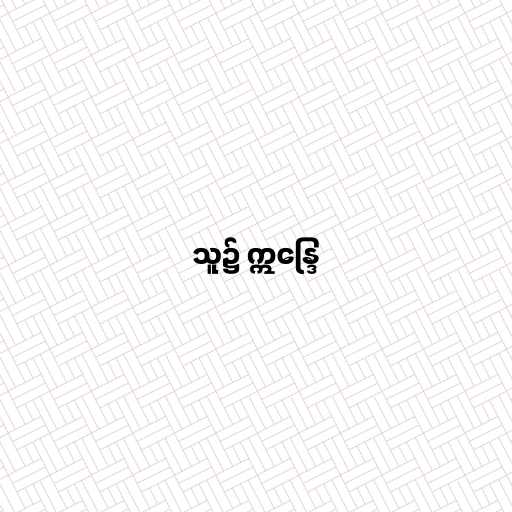
သူ၌ ဣန္ဒြေ